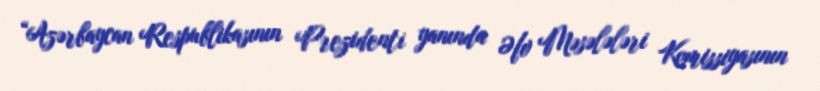
“Azərbaycan Respublikasının Prezidenti yanında Əfv Məsələləri Komissiyasının